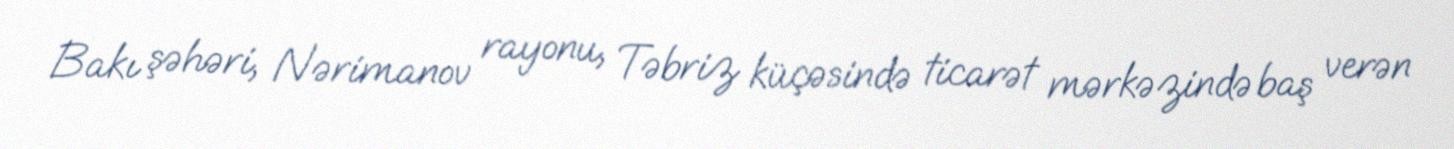
Bakı şəhəri, Nərimanov rayonu, Təbriz küçəsində ticarət mərkəzində baş verən